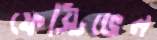
ফেস্টিভেল